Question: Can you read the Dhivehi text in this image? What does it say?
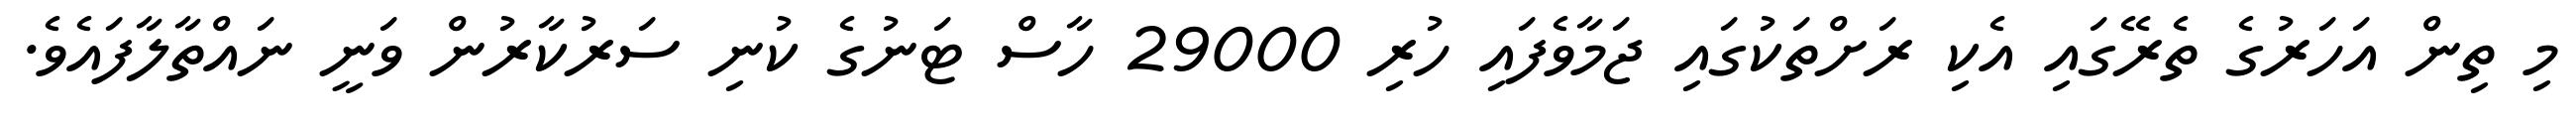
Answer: މި ތިން އަހަރުގެ ތެރޭގައި އެކި ރަށްތަކުގައި ޖަމާވެފައި ހުރި 29000 ހާސް ޓަނުގެ ކުނި ސަރުކާރުން ވަނީ ނައްތާލާފައެވެ.